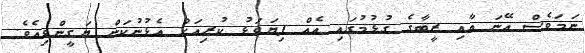
ނަމަވެސް އޭނަ އާއި ޒީބާގެ ގުޅުމުގައި އެއް ފިޔަވަޅު ކުރިއަށް އެޅުނުކަން ޔަގީންވިއެވެ.